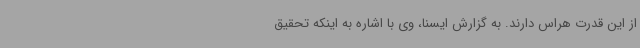
از این قدرت هراس دارند. به گزارش ایسنا، وی با اشاره به اینکه تحقیق